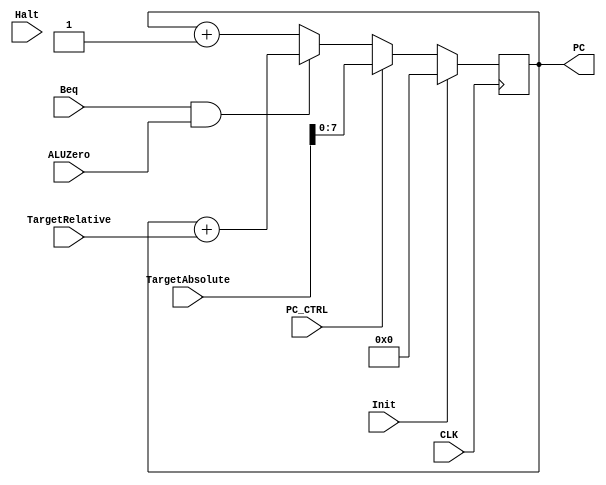
`timescale 1ns / 1ps
//////////////////////////////////////////////////////////////////////////////////
// Company: 
// Engineer: 
// 
// Design Name: 
// Module Name:    IF 
// Project Name: 
// Target Devices: 
// Tool versions: 
// Description: 
//
// Dependencies: 
//
// Revision: 
// Revision 0.01 - File Created
// Additional Comments: 
//
//////////////////////////////////////////////////////////////////////////////////
module IF(
    input Beq,
	 input ALUZero,
    input [3:0] TargetRelative,
	 input [15:0] TargetAbsolute,
	 
	 // if PC-Control is a 0, we branch to either PC+1 or PC+4	 
	 // else it is a direct write from TargetAbsolute (this is output of ALU)
	 input PC_CTRL, 
    input Init,
    input Halt,
	 input CLK,	 
	 
	 
	 
    output reg[7:0] PC
    );
	 
	 always @(posedge CLK)
	 begin
		 if(PC_CTRL == 0) begin //either normal increment or relative branch
				
			if((Beq==1) && (ALUZero == 1))begin
				PC = PC + TargetRelative[3:0]; //relative branch
				
			end else begin
				PC = PC+1;
				
			end
			
		end else begin
			PC = TargetAbsolute[15:0];//direct branch
		end
		
		//special cases, init and halt
		if(Init==1)begin
			PC = 0;
		end else if(Halt==1) begin
			PC = PC;
		end
			
	 end


endmodule